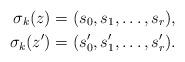
LaTeX: \begin{align*} \sigma_k(z) = (s_0,s_1,\dots,s_r),\\ \sigma_k(z') = (s'_0,s'_1,\dots,s'_r). \end{align*}